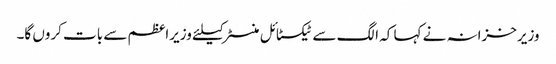
وزیرخزانہ نے کہا کہ الگ سے ٹیکسٹائل منسٹر کیلئے وزیراعظم سے بات کروں گا۔